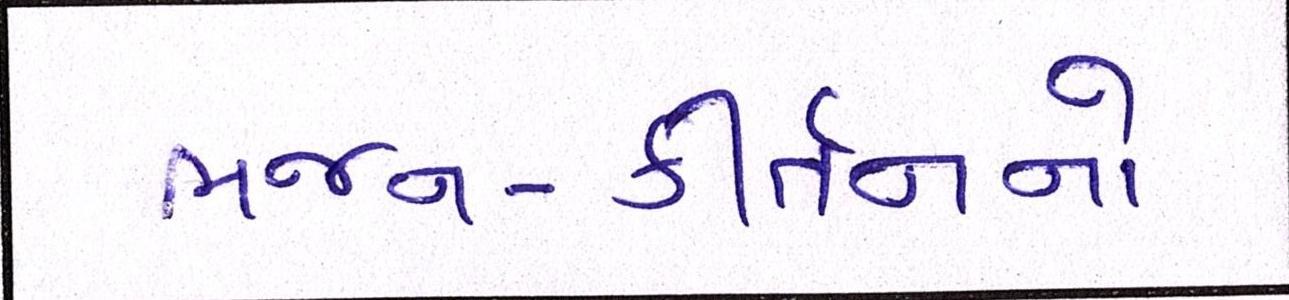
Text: ભજન-કીર્તનનો